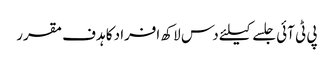
پی ٹی آئی جلسے کیلئے دس لاکھ افراد کا ہدف مقرر